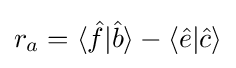
r_{a}=\langle {\hat {f}}|{\hat {b}}\rangle -\langle {\hat {e}}|{\hat {c}}\rangle